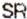
SR